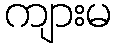
ကျားမ